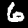
Label: 6